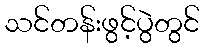
သင်တန်းဖွင့်ပွဲတွင်